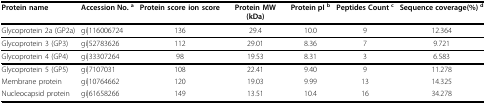
| Protein name | Accession No. a | Protein score ion score | Protein MW(kDa) | Protein pI b | Peptides Count c | Sequence coverage(%) d |
 | --- | --- | --- | --- | --- | --- | --- |
 | Glycoprotein 2a (GP2a) | gi|116006724 | 136 | 29.4 | 10.0 | 9 | 12.364 |
 | Glycoprotein 3 (GP3) | gi|52783626 | 112 | 29.01 | 8.36 | 7 | 9.721 |
 | Glycoprotein 4 (GP4) | gi|33307264 | 98 | 19.53 | 8.31 | 3 | 6.583 |
 | Glycoprotein 5 (GP5) | gi|7107031 | 108 | 22.41 | 9.40 | 9 | 11.278 |
 | Membrane protein | gi|10764662 | 120 | 19.03 | 9.99 | 13 | 14.325 |
 | Nucleocapsid protein | gi|61658266 | 149 | 13.51 | 10.4 | 16 | 34.278 |